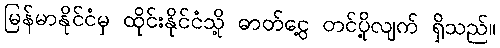
မြန်မာနိုင်ငံမှ ထိုင်းနိုင်ငံသို့ ဓာတ်ငွေ့ တင်ပို့လျက် ရှိသည်။